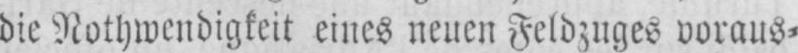
die Nothwendigkeit eines neuen Feldzuges voraus⸗